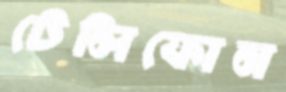
টেলিফোন